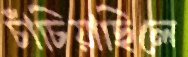
চাঁচিয়াছিলে